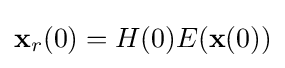
{\mathbf {x} }_{r}(0)=H(0)E({\mathbf {x} }(0))